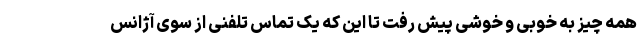
همه چیز به خوبی و خوشی پیش رفت تا این که یک تماس تلفنی از سوی آژانس